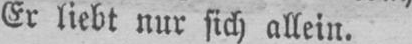
Er liebt nur sich allein.